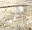
شأنى